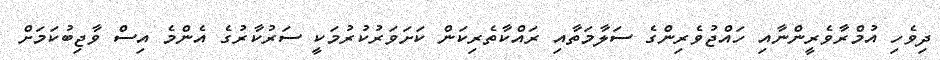
ދިވެހި އުމްރާވެރީންނާއި ހައްޖުވެރިންގެ ސަލާމަތާއި ރައްކާތެރިކަން ކަށަވަރުކުރުމަކީ ސަރުކާރުގެ އެންމެ އިސް ވާޖިބުކަމަށް